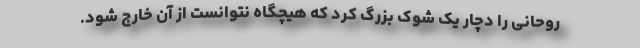
روحانی را دچار یک شوک بزرگ کرد که هیچگاه نتوانست از آن خارج شود.